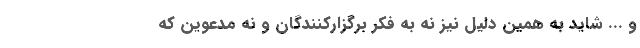
و ... شاید به همین دلیل نیز نه به فکر برگزارکنندگان و نه مدعوین که